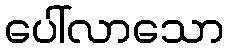
ပေါ်လာသော